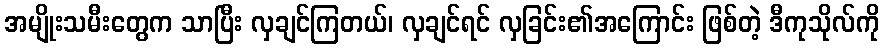
အမျိုးသမီးတွေက သာပြီး လှချင်ကြတယ်၊ လှချင်ရင် လှခြင်း၏အကြောင်း ဖြစ်တဲ့ ဒီကုသိုလ်ကို